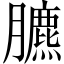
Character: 臕